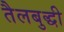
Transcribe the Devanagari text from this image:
तैलबुद्धी